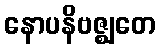
နောပနိဗဇ္ဈတေ